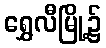
ရွှေလီမြို့၌